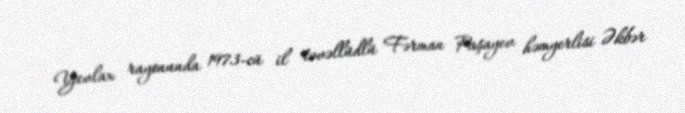
Yevlax rayonunda 1973-cü il təvəllüdlü Fərman Paşayev həmyerlisi Əkbər